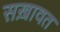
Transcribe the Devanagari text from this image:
सख़ावत